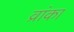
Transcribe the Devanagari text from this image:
व्रांका